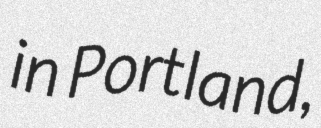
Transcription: in Portland,